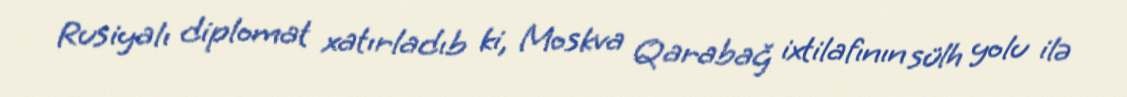
Rusiyalı diplomat xatırladıb ki, Moskva Qarabağ ixtilafının sülh yolu ilə